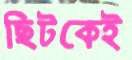
ছিটকেই